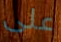
على